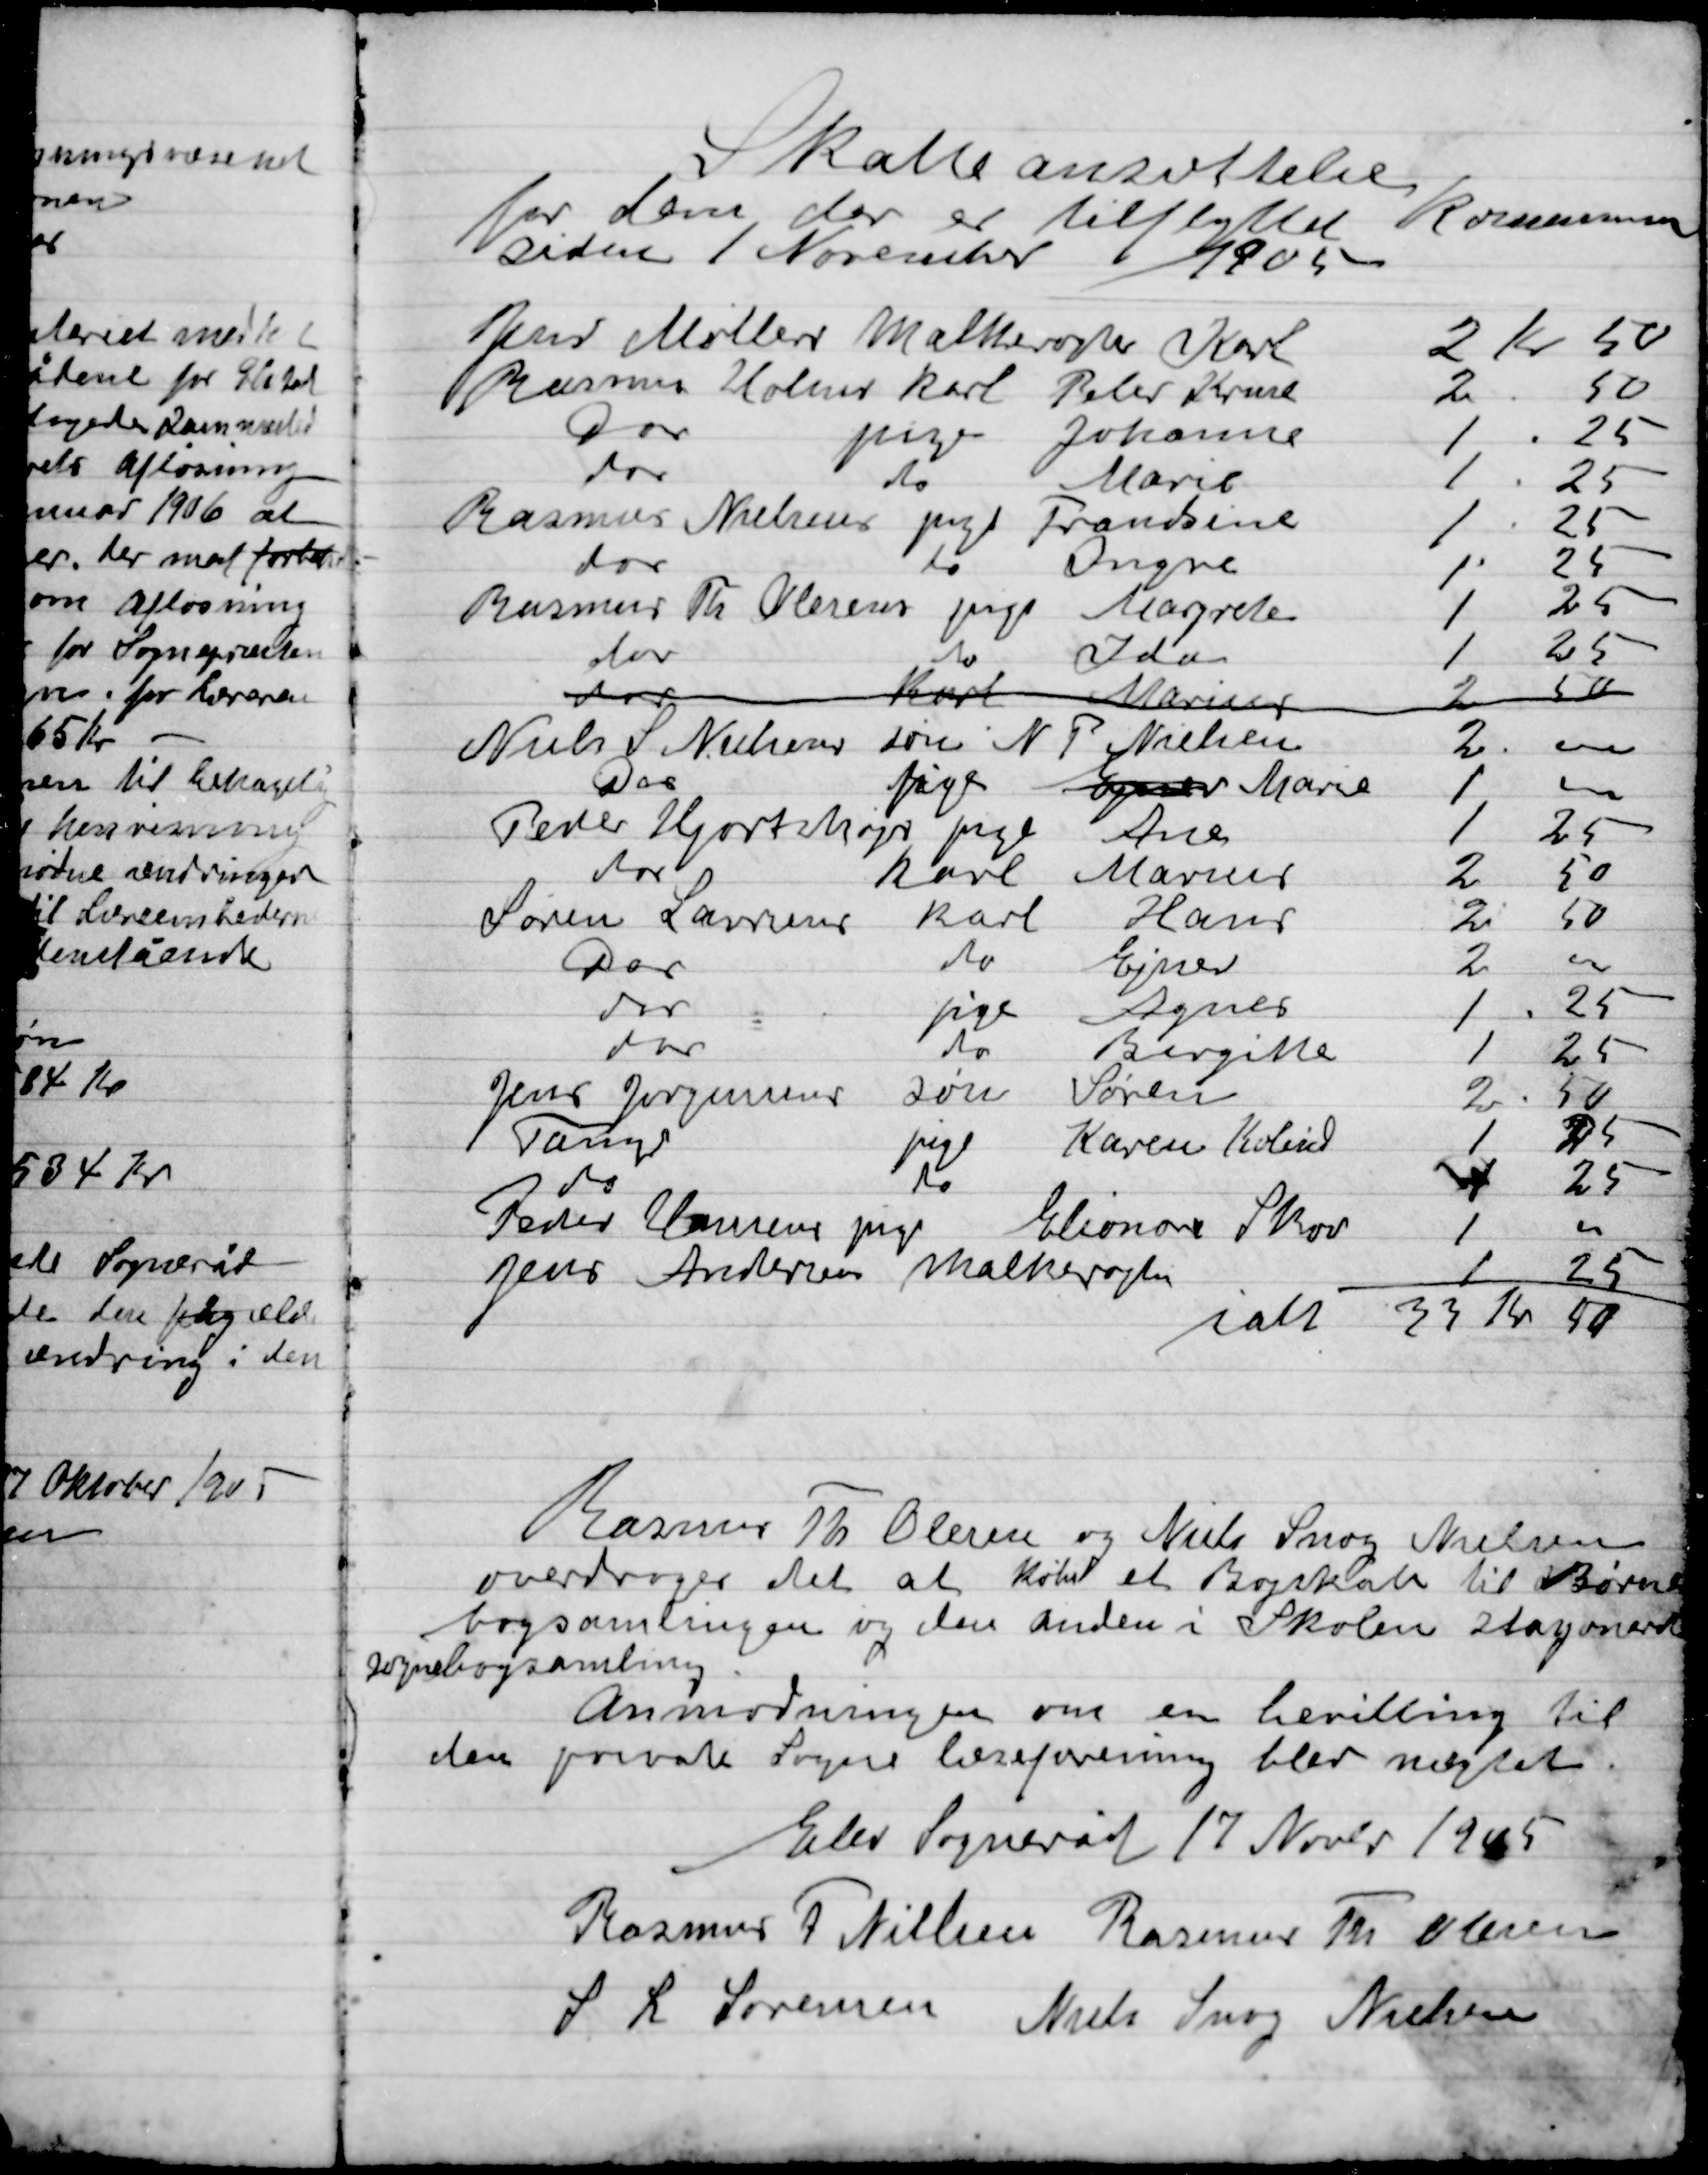
Transskription:
Rasmus Th. Olsen og Niels Snog Nielsen
Overdrager det at købet et Bogskab til Børne
bogsamlingen og den anden i Skolen stagonord
sognebogsamling.
Anmodningen om en bevilling til
Den private Sogne hereforening blev nægtet.

Elev Sogneråd 17 Novbr. 1905

Rasmus F. Nielsen
Rasmus Th. Olsen
S. L. Sørensen
Niels Snog Nielsen